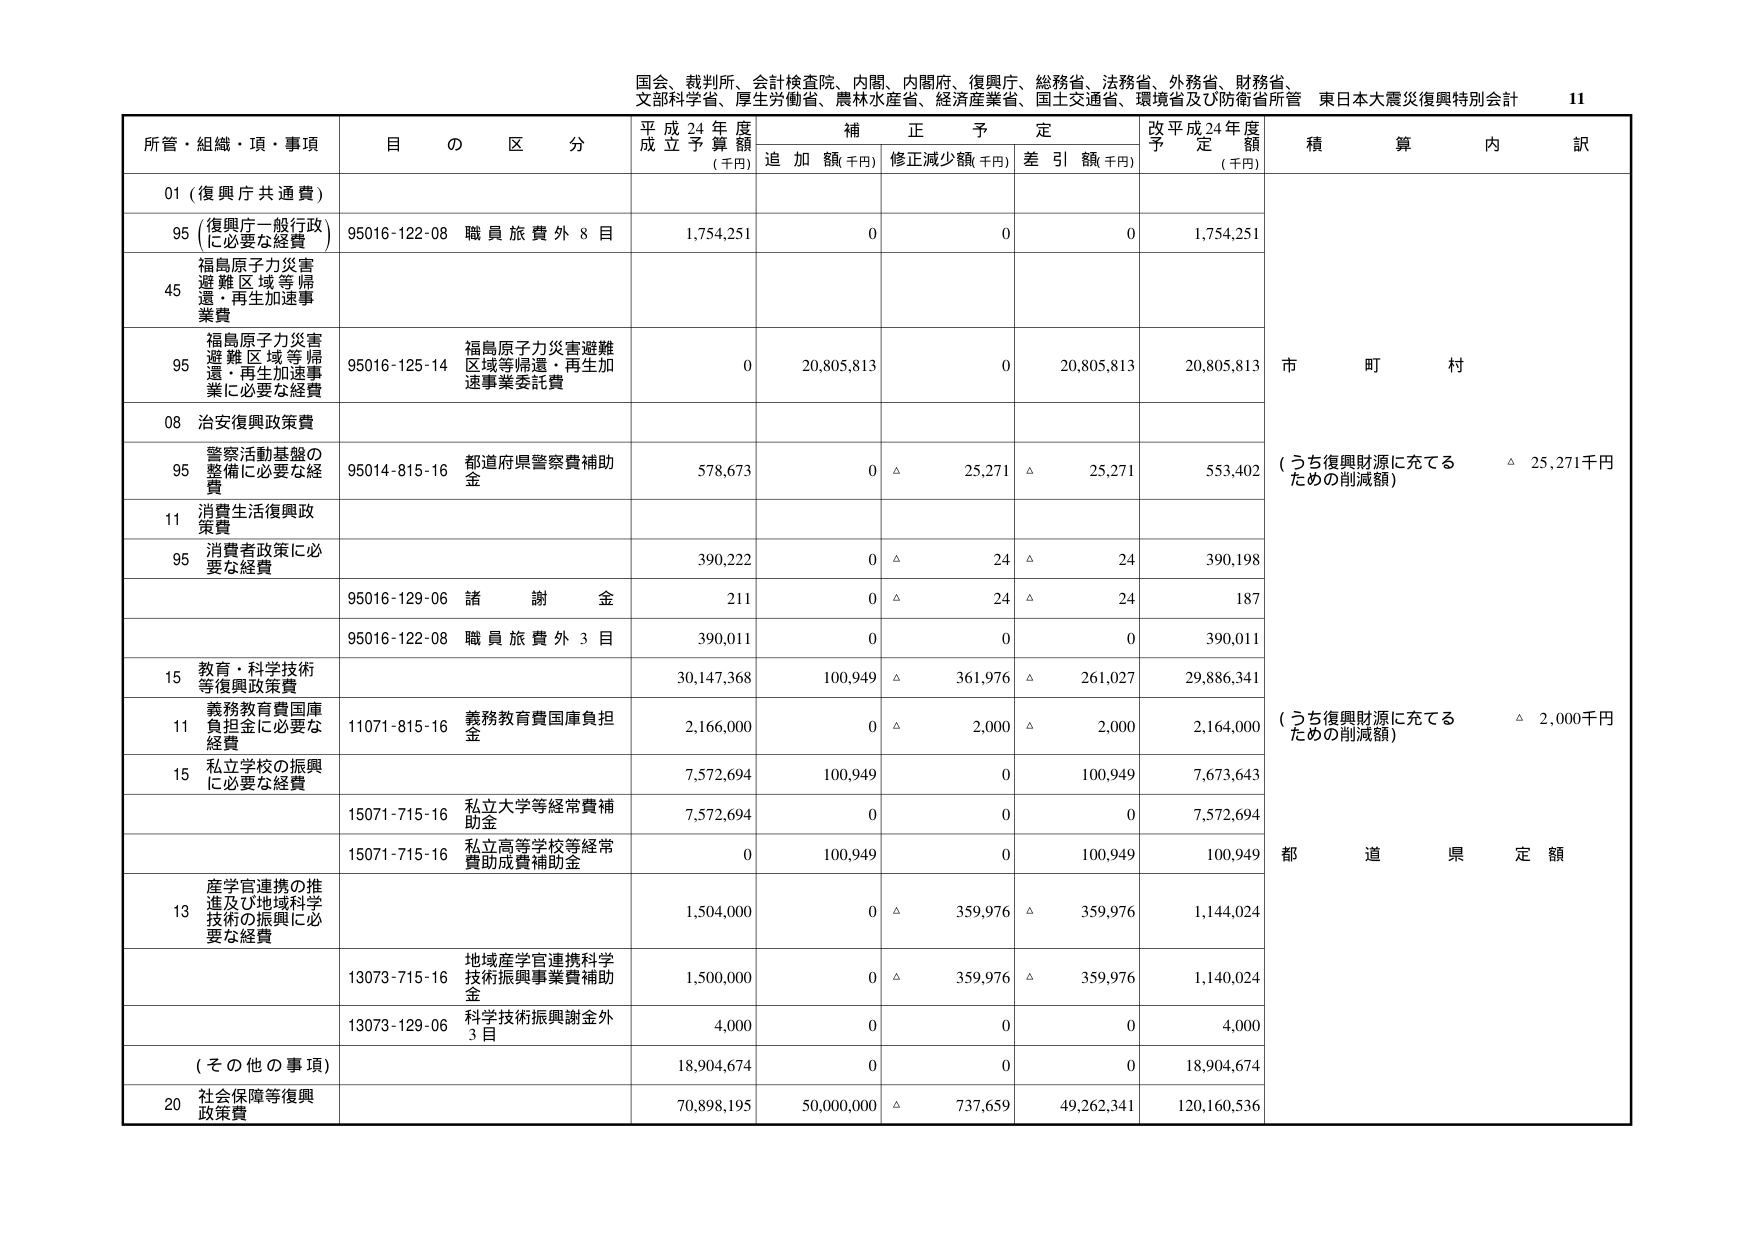
国会、裁判所、会計検査院、内閣、内閣府、復興庁、総務省、法務省、外務省、財務省、
文部科学省、厚生労働省、農林水産省、経済産業省、国土交通省、環境省及び防衛省所管 東日本大震災復興特別会計 11

所管・組織・項・事項 目の区分 平成24年度 成立予算額 (千円) 補正予定 追加額(千円) 修正減少額(千円) 差引額(千円) 改平成24年度 予定額 (千円) 積算内訳

01 (復興庁共通費)

95 (復興庁一般行政 に必要な経費) 95016-122-08 職員旅費外8目 1,754,251 0 0 0 1,754,251

45 福島原子力災害 避難区域等帰 還・再生加速事 業費

95 福島原子力災害 避難区域等帰 還・再生加速事 業に必要な経費 95016-125-14 福島原子力災害避難 区域等帰還・再生加 速事業委託費 0 20,805,813 0 20,805,813 20,805,813 市 町 村

08 治安復興政策費

95 警察活動基盤の 整備に必要な経 費 95014-815-16 都道府県警察費補助 金 578,673 0 △ 25,271 △ 25,271 553,402 (うち復興財源に充てる ための削減額) △ 25,271千円

11 消費生活復興政 策費

95 消費者政策に必 要な経費 390,222 0 △ 24 △ 24 390,198

95016-129-06 諸謝金 211 0 △ 24 △ 24 187

95016-122-08 職員旅費外3目 390,011 0 0 0 390,011

15 教育・科学技術 等復興政策費 30,147,368 100,949 △ 361,976 △ 261,027 29,886,341

11 義務教育費国庫 負担金に必要な 経費 11071-815-16 義務教育費国庫負担 金 2,166,000 0 △ 2,000 △ 2,000 2,164,000 (うち復興財源に充てる ための削減額) △ 2,000千円

15 私立学校の振興 に必要な経費 7,572,694 100,949 0 100,949 7,673,643

15071-715-16 私立大学等経常費補 助金 7,572,694 0 0 0 7,572,694

15071-715-16 私立高等学校等経常 費助成費補助金 0 100,949 0 100,949 100,949 都 道 県 定 額

13 産学官連携の推 進及び地域科学 技術の振興に必 要な経費 1,504,000 0 △ 359,976 △ 359,976 1,144,024

13073-715-16 地域産学官連携科学 技術振興事業費補助 金 1,500,000 0 △ 359,976 △ 359,976 1,140,024

13073-129-06 科学技術振興謝金外 3目 4,000 0 0 0 4,000

(その他の事項) 18,904,674 0 0 0 18,904,674

20 社会保障等復興 政策費 70,898,195 50,000,000 △ 737,659 49,262,341 120,160,536